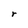
Character: r